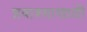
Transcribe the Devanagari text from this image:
प्रवाश्यासाठी